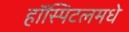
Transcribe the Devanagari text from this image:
हॉस्पिटलमधे